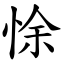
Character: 悇